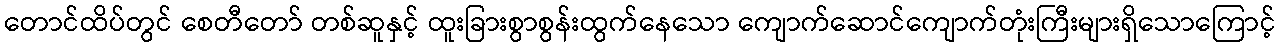
တောင်ထိပ်တွင် စေတီတော် တစ်ဆူနှင့် ထူးခြားစွာစွန်းထွက်နေသော ကျောက်ဆောင်ကျောက်တုံးကြီးများရှိသောကြောင့်